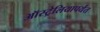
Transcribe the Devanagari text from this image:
ऑस्ट्रेलियापर्यंत